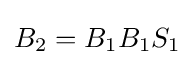
B_{2}=B_{1}B_{1}S_{1}